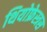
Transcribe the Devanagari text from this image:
थियोफ्रेस्त्रस